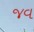
જવ